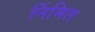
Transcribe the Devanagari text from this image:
र्निमित